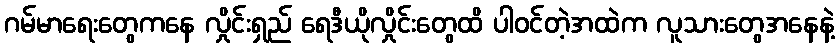
ဂမ်မာရေးတွေကနေ လှိုင်းရှည် ရေဒီယိုလှိုင်းတွေထိ ပါဝင်တဲ့အထဲက လူသားတွေအနေနဲ့